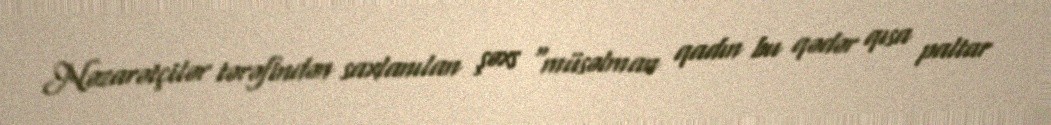
Nəzarətçilər tərəfindən saxlanılan şəxs “müsəlman qadın bu qədər qısa paltar